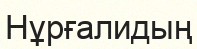
Нұрғалидың